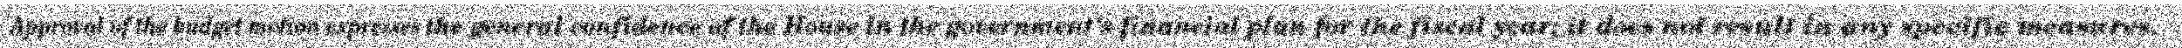
Approval of the budget motion expresses the general confidence of the House in the government's financial plan for the fiscal year; it does not result in any specific measures.